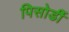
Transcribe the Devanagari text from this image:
पिसोर्डी